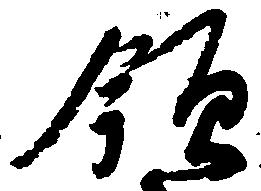
領